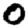
Digit: 0